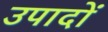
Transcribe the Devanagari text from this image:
उपादों